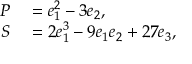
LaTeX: \begin{array} { r l } { P } & { { } = e _ { 1 } ^ { 2 } - 3 e _ { 2 } , } \\ { S } & { { } = 2 e _ { 1 } ^ { 3 } - 9 e _ { 1 } e _ { 2 } + 2 7 e _ { 3 } , } \end{array}